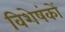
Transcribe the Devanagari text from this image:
विशेषंकों